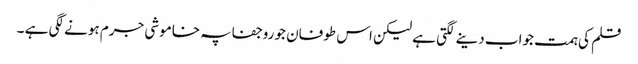
قلم کی ہمت جواب دینے لگتی ہے لیکن اس طوفان جو روجفاپہ خاموشی جرم ہونے لگی ہے ۔